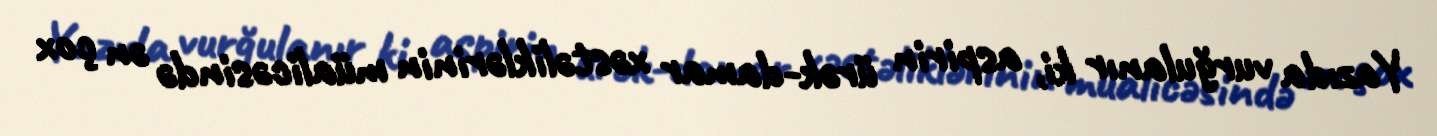
Yazıda vurğulanır ki, aspirin ürək-damar xəstəliklərinin müalicəsində ən çox